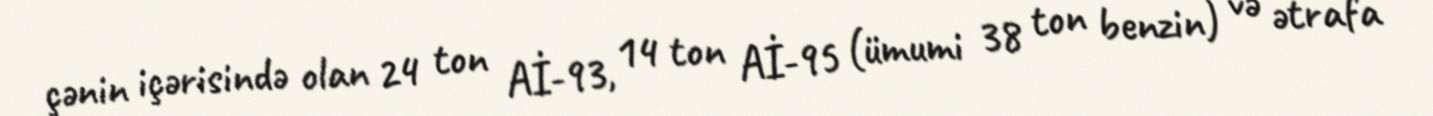
çənin içərisində olan 24 ton Aİ-93, 14 ton Aİ-95 (ümumi 38 ton benzin) və ətrafa